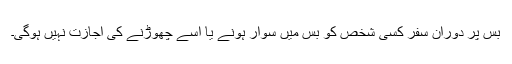
بس پر دوران سفر کسی شخص کو بس میں سوار ہونے یا اسے چھوڑنے کی اجازت نہیں ہوگی۔